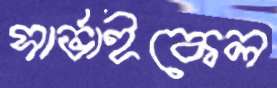
সার্ভাইকেল